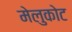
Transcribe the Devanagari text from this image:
मेलुकोट